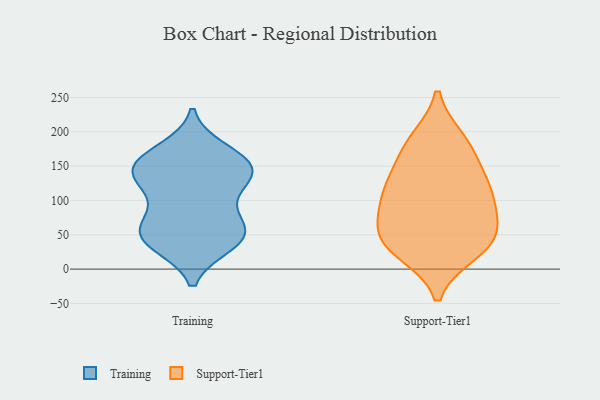
{"axis": {"x": "Net Income (USD K)", "y": "Value"}, "legend": ["Support-Tier1", "Training"], "data": [{"x": "", "y": 150, "type": "Training"}, {"x": "", "y": 138, "type": "Training"}, {"x": "", "y": 129, "type": "Training"}, {"x": "", "y": 37, "type": "Training"}, {"x": "", "y": 42, "type": "Training"}, {"x": "", "y": 172, "type": "Training"}, {"x": "", "y": 53, "type": "Training"}, {"x": "", "y": 85, "type": "Training"}, {"x": "", "y": 123, "type": "Training"}, {"x": "", "y": 46, "type": "Training"}, {"x": "", "y": 160, "type": "Training"}, {"x": "", "y": 155, "type": "Training"}, {"x": "", "y": 140, "type": "Training"}, {"x": "", "y": 67, "type": "Training"}, {"x": "", "y": 51, "type": "Training"}, {"x": "", "y": 112, "type": "Support-Tier1"}, {"x": "", "y": 189, "type": "Support-Tier1"}, {"x": "", "y": 24, "type": "Support-Tier1"}, {"x": "", "y": 142, "type": "Support-Tier1"}, {"x": "", "y": 43, "type": "Support-Tier1"}, {"x": "", "y": 26, "type": "Support-Tier1"}, {"x": "", "y": 93, "type": "Support-Tier1"}, {"x": "", "y": 123, "type": "Support-Tier1"}, {"x": "", "y": 165, "type": "Support-Tier1"}, {"x": "", "y": 38, "type": "Support-Tier1"}, {"x": "", "y": 112, "type": "Support-Tier1"}, {"x": "", "y": 57, "type": "Support-Tier1"}, {"x": "", "y": 188, "type": "Support-Tier1"}, {"x": "", "y": 57, "type": "Support-Tier1"}, {"x": "", "y": 84, "type": "Support-Tier1"}]}